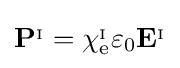
\mathbf {P} ^{_{\mathrm {I} }}=\chi _{\mathrm {e} }^{_{\mathrm {I} }}\varepsilon _{0}\mathbf {E} ^{_{\mathrm {I} }}